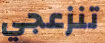
تنزعجي